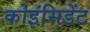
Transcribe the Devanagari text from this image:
कोइंसिडेंट